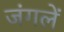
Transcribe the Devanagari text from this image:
जंगलें